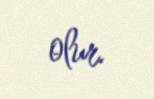
olur.